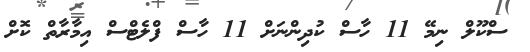
ސްކޫލް ނިމޭ 11 ހާސް ކުދިންނަށް 11 ހާސް ފްލެޓްސް އިމާރާތް ކޮށް